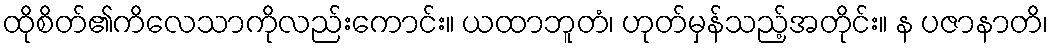
ထိုစိတ်၏ကိလေသာကိုလည်းကောင်း။ ယထာဘူတံ၊ ဟုတ်မှန်သည့်အတိုင်း။ န ပဇာနာတိ၊